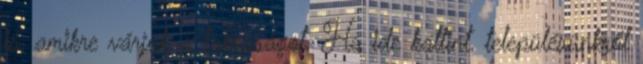
is, amikre várjuk a lakosságot. Ha ide kattint, településünkről